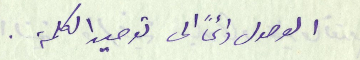
الوصول دائماً الى توحيد الكلمة .